Report of the Municipal Commissioner on the plague in Bombay for the year ending 31st May... - Volume 2
Disease focus: Plague
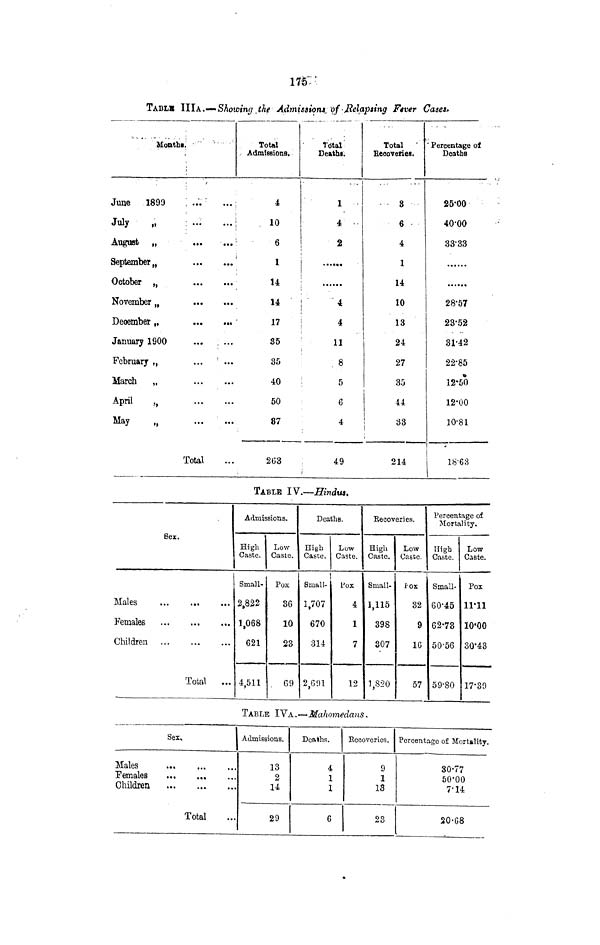
175
TABLK IIlA.— Showing r thf Admission*, of • Relapsing F«ver Cases.
Monthi,
June 1899
July
„
August „
September
October
November n
December „
January 1900
February „
March „
April
,,
May
„
> •••
: ...
• •*
• ••
• •*
...
...
...
...
...
Total
...
...
...
••i
: "•
...
...
...
...
...
Total
Admissions.
4
J
10
:
6
1
14
14
17
S5
35
40
50
87
2G3
Total
Deaths.
i
. „
1
4
2
4
4
11
. 8
:
5
6
4
49
Total '"
Recoveries.
8
6
4
1
14
10
13
24
27
35
44
! 33
214
" Percentage of
Deaths
25'CO
40-00
33-33
28-57
23-52
31-42
22-85
12-50
12-00
10-81
i
I
18-63
TABLE IV.—Hindus.
Ser.
Males
...
Females
Children ...
Total
...
Admissions.
High
Caste.
Small-
2,822
1,068
621
4,511
Low
Caste.
Pox
36
10
23
69
Deaths.
High
Caste.
Small-
1,707
670
314
2,691
Low
Caste.
l j ox
4
1
7
12
Becoveries.
High
Caste.
Small-
1,115
398
307
1,820
Low
Caste.
Fox
32
9
1C
57
Percentage of
Mortality.
High
Caste.
Small-
60-45
62-73
50-56
59-80
Low
Caste.
Pox
11-11
lO'OO
30-43
17-39
TABLE IVA.—Mahomedans.
Sex,.
Males
Females
Children
Total
Admissions.
13
2
14
29
Deaths.
4
1
1
6
Becoveries.
9
1
13
23
Percentage of Mortality.
30-77
50-00
7-14
20-68